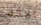
بيته